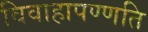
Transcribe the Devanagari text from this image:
विवाहापण्णति